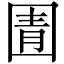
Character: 圊